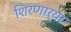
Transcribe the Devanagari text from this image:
शिरणाऱ्या